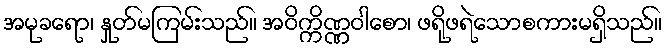
အမုခရော၊ နှုတ်မကြမ်းသည်။ အဝိက္ကိဏ္ဏဝါစော၊ ဖရိုဖရဲသောစကားမရှိသည်။